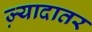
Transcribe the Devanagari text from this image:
ज्‍़यादातर